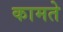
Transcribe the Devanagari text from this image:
कामते